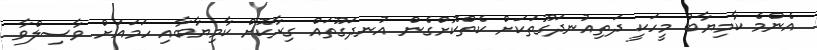
އެންމެ ކާމިޔާބު މީހަކީ ދަތިއުނދަގޫތަކަށް ކެތްކޮށްގެން އުނދަގޫތައް ގިރާކޮށް ކާމިޔާބާއި ހަމައަށް ވާސިލްވާ